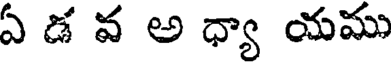
ఏ డ వ అ ధ్యా యము